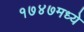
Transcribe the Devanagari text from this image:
१७४७मध्ये